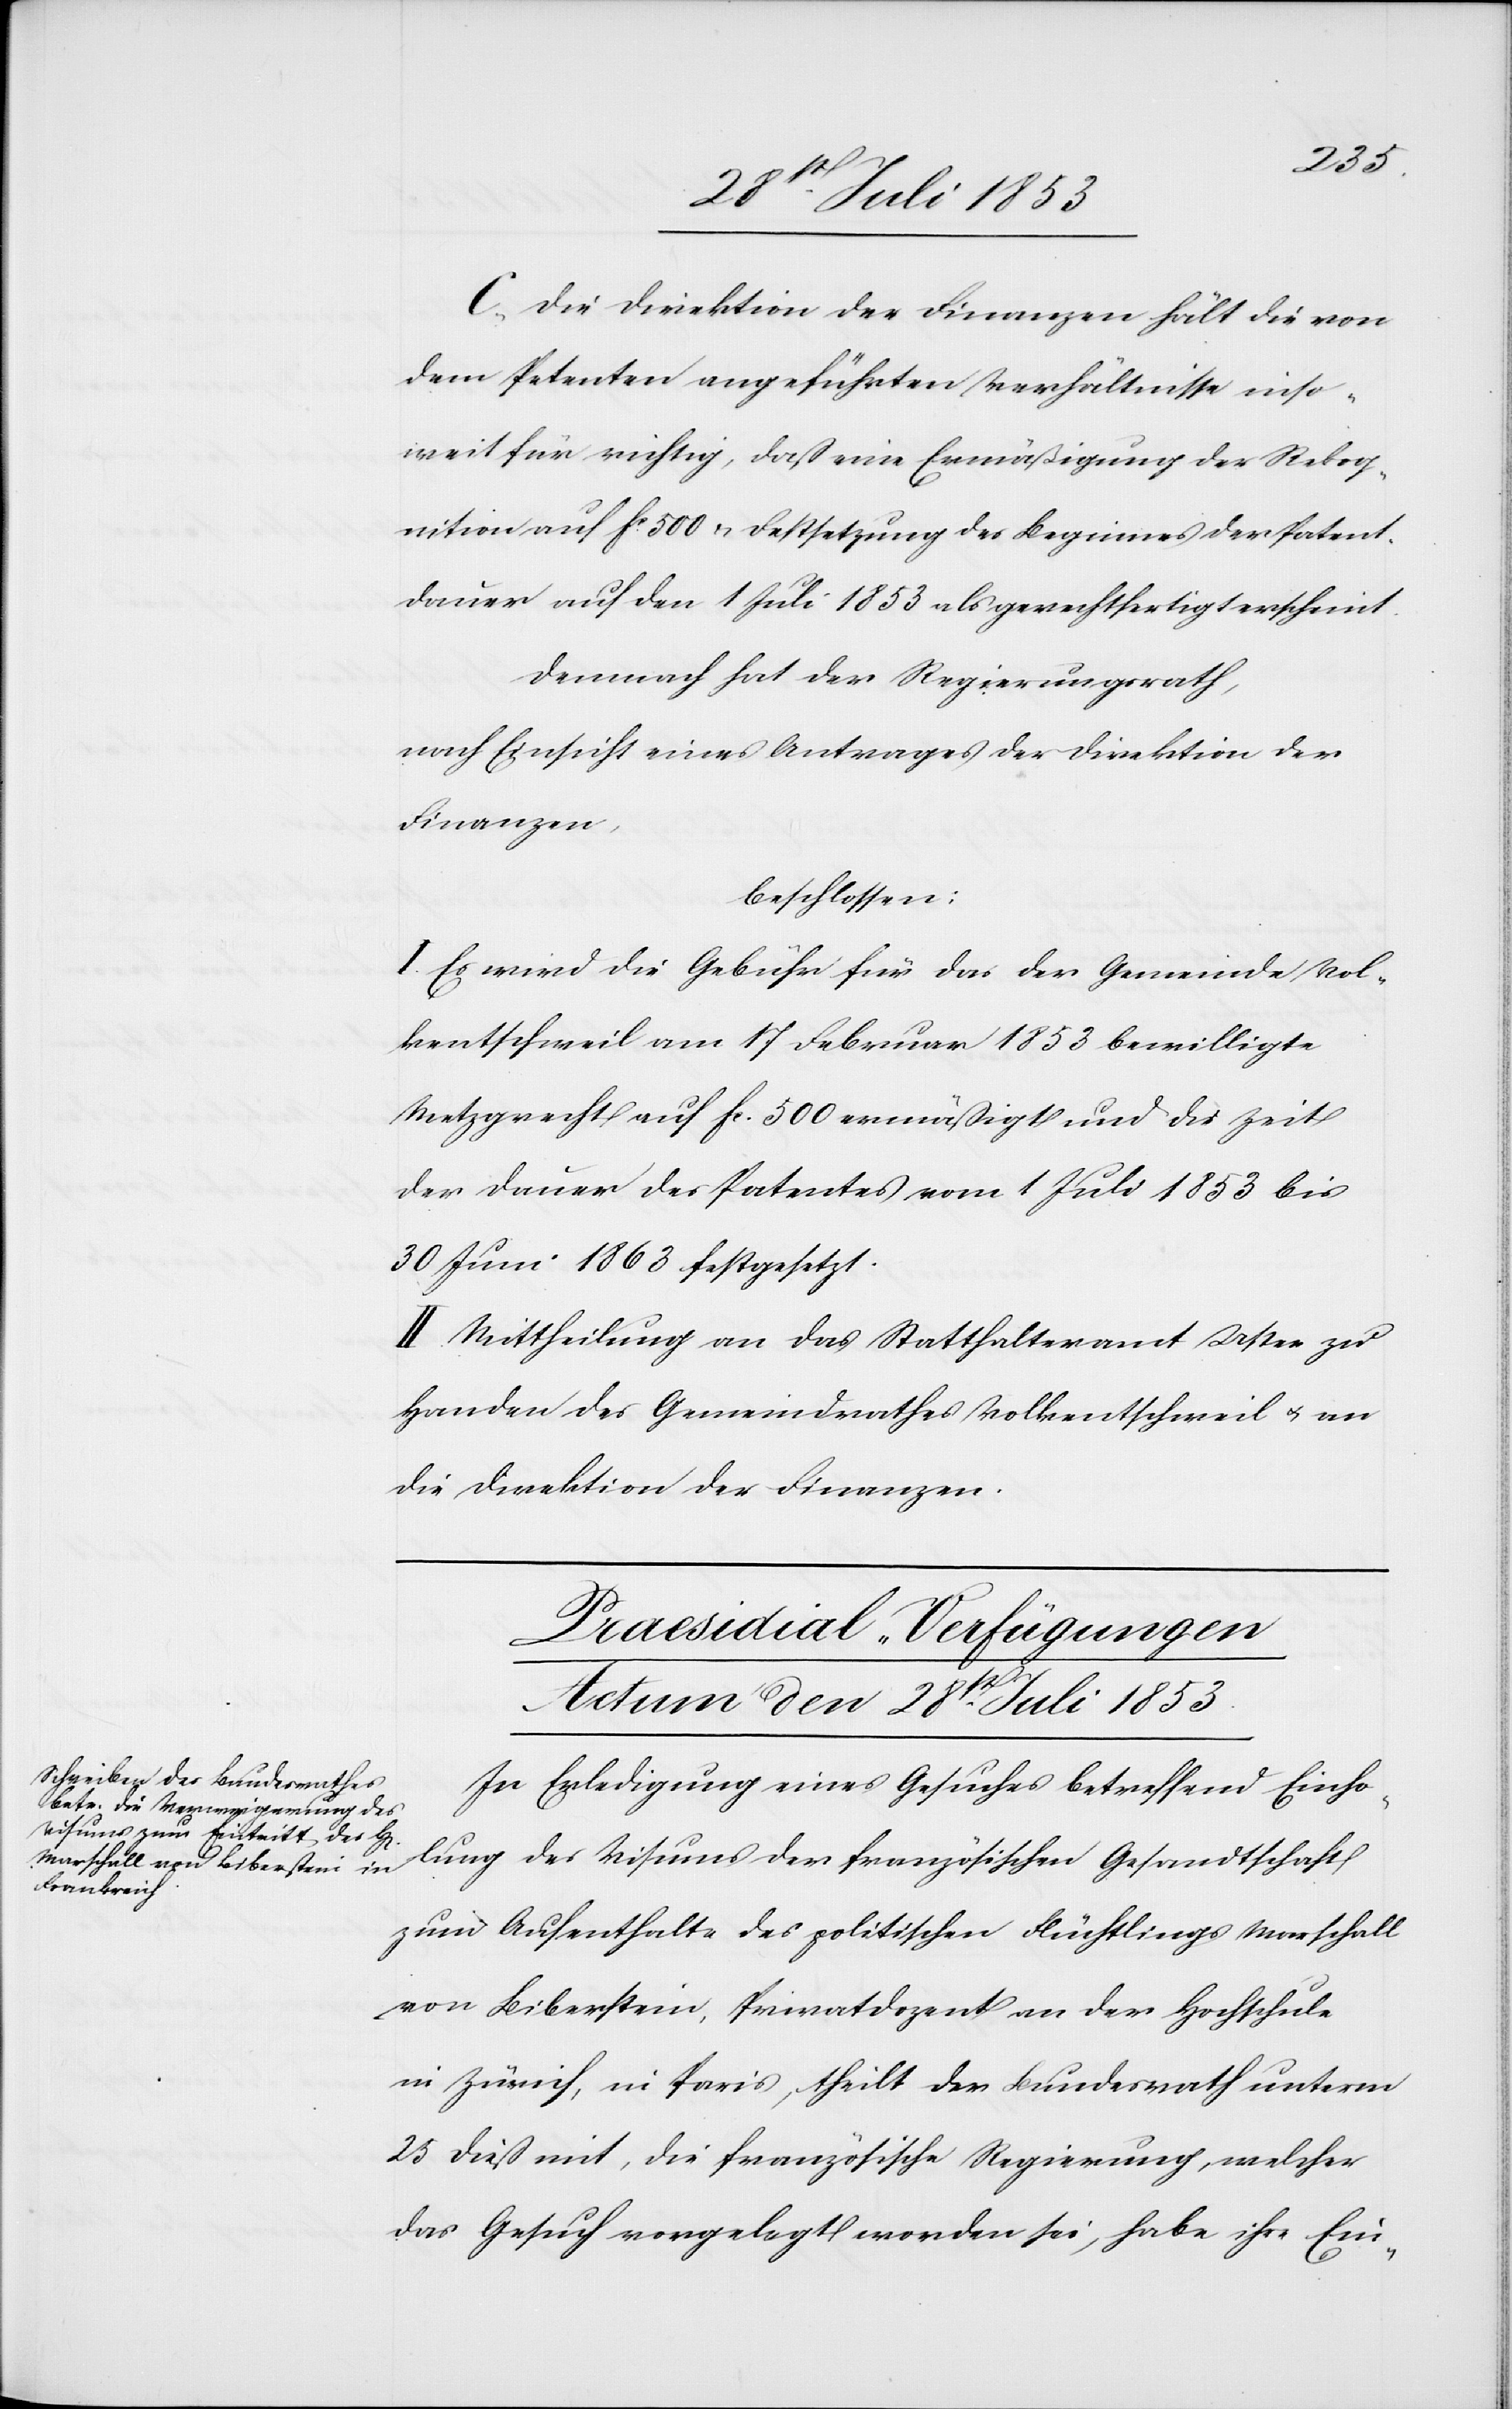
C. Die Direktion der Finanzen hält die von
dem Petenten angeführten Verhältnisse inso¬
weit für richtig, daß eine Ermäßigung der Rekog¬
nition auf fc 500 u. Festsetzung des Beginnes der Patent¬
dauer auf den 1 Juli 1853 als gerechtfertigt erscheint.
Demnach hat der Regierungsrath,
nach Einsicht eines Antrages der Direktion der
Finanzen,
beschlossen:
I. Es wird die Gebühr für das der Gemeinde Vol¬
kentschweil am 17 Februar 1853 bewilligte
Metzgrecht auf fr. 500 ermäßigt und die Zeit
der Dauer des Patentes vom 1 Juli 1853 bis
30 Juni 1863 festgesetzt.
II. Mittheilung an das Statthalteramt Uster zu
Handen des Gemeindrathes Volkentschweil u. an
die Direktion der Finanzen.
Praesidial-Verfügungen
Actum den 28t[en] Juli 1853.
In Erledigung eines Gesuches betreffend Einho¬
lung des Visums der französischen Gesandtschaft
zum Aufenthalte des politischen Flüchtlings Marschall
von Biberstein, Privatdozent an der Hochschule
in Zürich, in Paris, theilt der Bundesrath unterm
25 dieß mit, die französische Regierung, welcher
das Gesuch vorgelegt worden sei, habe ihre Ein-